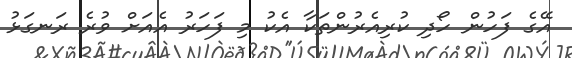
އޭގެ ފަހުން ހޯދި ކުރިއެރުންތަކާ އެކު މި ފަހަރު އެއަށް ވުރެ ރަނގަޅު